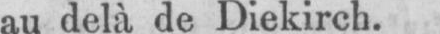
au delà de Diekirch.